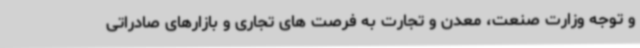
و توجه وزارت صنعت، معدن و تجارت به فرصت های تجاری و بازارهای صادراتی